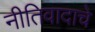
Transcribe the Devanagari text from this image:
नीतिवादाचे